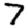
Digit: 7